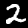
Label: 2